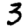
Digit: 3